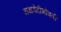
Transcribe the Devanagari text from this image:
यज्ञवेदीभोवती